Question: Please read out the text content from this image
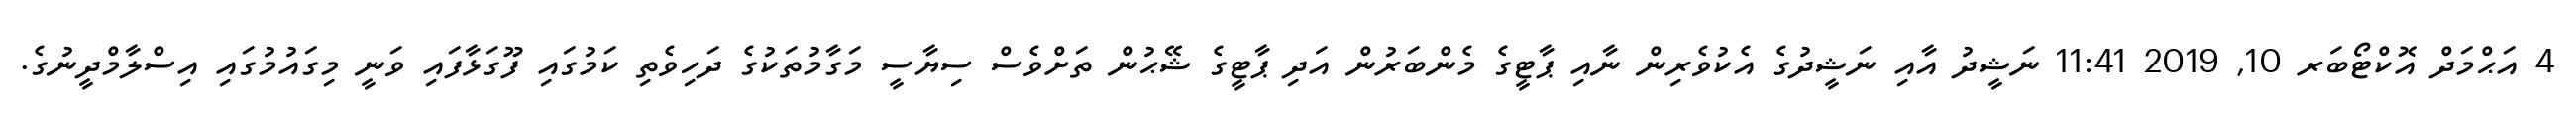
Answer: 4 އަޙްމަދް އޮކްޓޯބަރ 10, 2019 11:41 ނަޝީދު އާއި ނަޝީދުގެ އެކުވެރިން ނާއި ޕާޓީގެ މެންބަރުން އަދި ޕާޓީގެ ޝޭޙުން ތަށްވެސް ސިޔާސީ މަގާމުތަކުގެ ދަހިވެތި ކަމުގައި ފޫގަޅާފައި ވަނީ މިގައުމުގައި އިސްލާމްދީނުގެ.